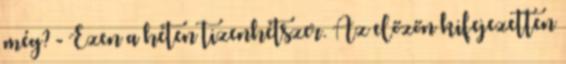
még? - Ezen a héten tizenhétszer. Az előzőn kifejezetten